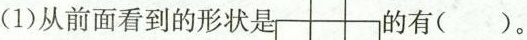
(1)从前面看到的形状是 的有( )。